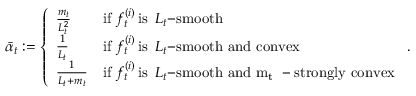
\begin{array} { r } { \bar { \alpha } _ { t } : = \left\{ \begin{array} { l l } { \frac { m _ { t } } { L _ { t } ^ { 2 } } } & { \mathrm { i f ~ } f _ { t } ^ { ( i ) } \mathrm { \, i s \, \, \, } L _ { t } \mathrm { - s m o o t h } } \\ { \frac { 1 } { L _ { t } } } & { \mathrm { i f ~ } f _ { t } ^ { ( i ) } \mathrm { \, i s \, \, \, } L _ { t } \mathrm { - s m o o t h ~ a n d ~ c o n v e x } } \\ { \frac { 1 } { L _ { t } + m _ { t } } } & { \mathrm { i f ~ } f _ { t } ^ { ( i ) } \mathrm { \, i s \, \, \, } L _ { t } \mathrm { - s m o o t h ~ a n d ~ m _ t ~ - s t r o n g l y ~ c o n v e x } } \end{array} \right. . } \end{array}